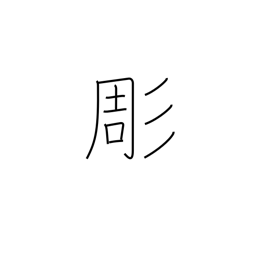
Meaning: chisel